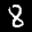
Label: 8